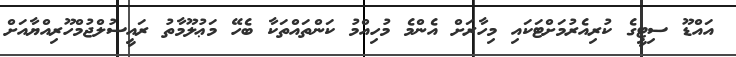
އައްޑޫ ސިޓީގެ ކުރިއެރުމަށްޓަކައި މިހާރަށް އެންމެ މުހިއްމު ކަންތައްތަކާ ބެހޭ މަޢުލޫމާތު ރައީސުލްޖުމްހޫރިއްޔާއަށް